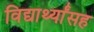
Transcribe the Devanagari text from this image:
विद्यार्थ्यांसह